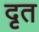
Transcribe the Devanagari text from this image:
दृत